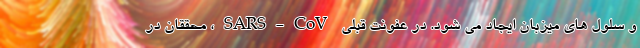
و سلول های میزبان ایجاد می شود. در عفونت قبلی SARS-CoV، محققان در